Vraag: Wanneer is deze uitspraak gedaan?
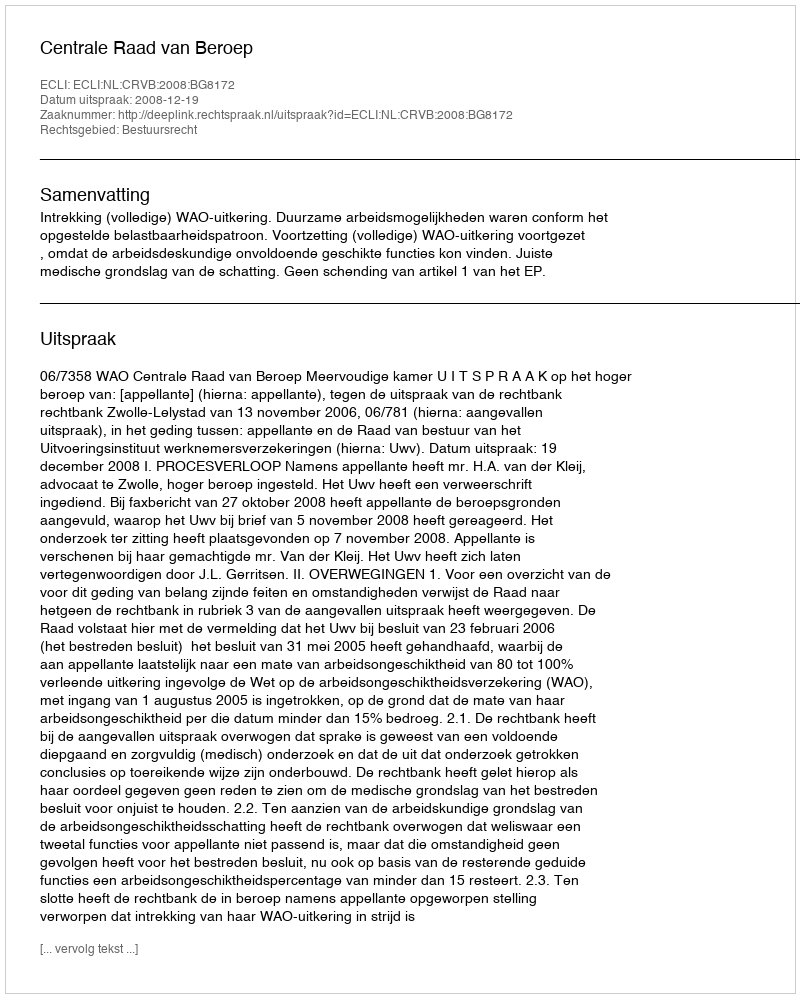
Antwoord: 2008-12-19